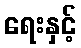
ရေးနှင့်